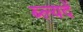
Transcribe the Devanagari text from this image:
ब्ल्यदें